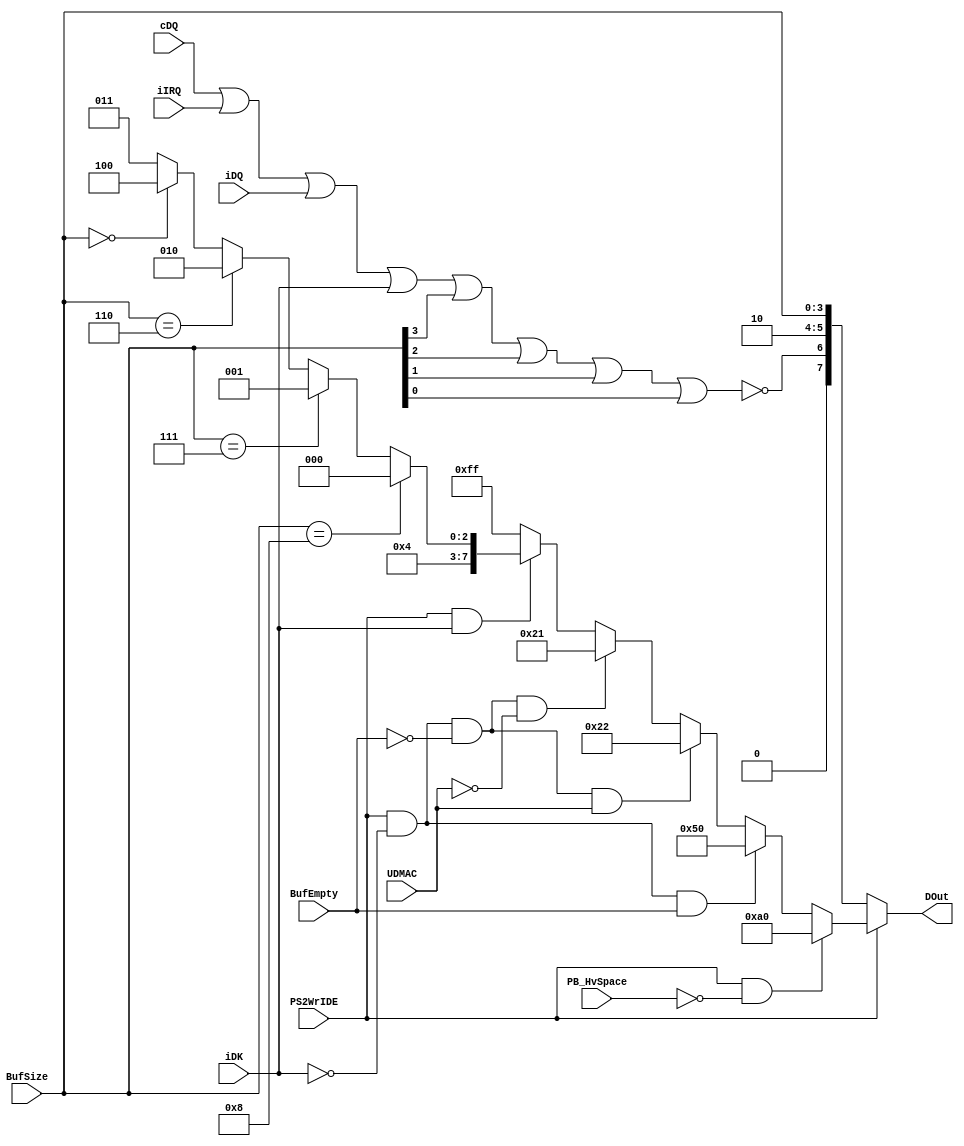
`timescale 1ns / 1ps
//////////////////////////////////////////////////////////////////////////////////
// Company: 
// Engineer: 
// 
// Design Name: 
// Module Name:    Reg38 - Behavioral 
// Project Name: 
// Target Devices: 
// Tool versions: 
// Description: 
//
// Dependencies: 
//
// Revision: 
// Revision 0.01 - File Created
// Additional Comments: 
//
//////////////////////////////////////////////////////////////////////////////////

//// Uncomment the following library declaration if instantiating
//// any Xilinx primitives in this code.
//library UNISIM;
//use UNISIM.VComponents.all;
////- Reg0038 has the following bits being mapped
////	bcIRQ	cDQ	cDK	iIRQ	iDQ	ibDK	Mo86	Mo87		
//// 	1		0		0		0		0		1		0060	----	// bus idle
////	1		0		0		0		1		0		0020	----	// IDE side doing transaction buffer not full
////	1		0		0		0		1		0		----	0020	// IDE side doing transaction buffer not full
////	1		1		0		0		1		0		----	00A0	// IDE side doing transaction and buffer full
////	1		1		0		0		1		1		----	0050	// just start DMA and drive not responding
////	1		1		0		0		1		0		0021,23,24	// buffer size
////	1		1		0		1		0		1		0021,22		// fixed ???
////==================================================
////  Design base on above measurements : note the {} value is iDK = NOT(ibDK)
////	cDQ	cDK	iIRQ	iDQ	ibDK	Mo86	Mo87		
////	x		x		1		x		x		21 for NOT(UDMA) 22 for UDMA
////	1		0		0		x		0{1}	buffer size (21,23,24,...27)
////	1		0		0		1		1{0}	-		50
////	0		x		0		0		x		60	bus idle
////	0		x		0		1		x		20 if buffer not full
////	0		x		0		1		x		A0 if buffer full

module Reg38(
	input UDMAC		,
	input PS2WrIDE	,
	input iIRQ		,
	input cDQ		,
	input iDQ		,
	input iDK		,
	input BufEmpty		,
	input PB_HvSpace	,		// Port A have space
	input [3:0] BufSize	,
	output [7:0] DOut		
);

/// Start of Register 38

wire [7:0] R381;
wire [7:0] W381;
wire WCond1;
wire WCond2,WCond2A,WCond2B1,WCond2B2;
wire WCond3;
//wire WCond3A,WCond3B;
//wire RCond1,RCond2;
wire Activity;

assign Activity	= cDQ | iIRQ | iDQ | iDK | BufSize[3] | BufSize[2] | BufSize[1] | BufSize[0];	// if there is no DMA activity
//assign R381[7:2]	= 6'b00_1000; // fix as 2x
//assign R381[1]		= BufSize[2] | BufSize[1];
//assign R381[0]		= BufSize[2] | BufSize[0];
assign R381[7]	= 1'b0;		// always zero
assign R381[6] = ~Activity;	// no activity will be high
assign R381[5:4] = 2'b10;		// set as 2
assign R381[3:0] = BufSize[3:0];

assign W381[7:0] =
	(BufSize[3:0] == 4'b1000) ? 8'h20 :		// no space left, the buffer is full
	(BufSize[3:0] == 4'b0111) ? 8'h21 :		// one page has been taken, so one space left
	(BufSize[3:0] == 4'b0110) ? 8'h22 :		// two page taken
	(BufSize[3:0] == 4'b0000) ? 8'h24 :		// buffer empty
										 8'h23;		// otherwise
//assign W381[1]		= ~(BufSize[2] & BufSize[1]);
//assign W381[0]		= ~(BufSize[2] & BufSize[1] & BufSize[0]);
//assign W381[1]		= BufSize[2];						// take 0304 it representing very little space
//assign W381[0]		= PB_HvSpace;
//assign RCond1	= ~(PS2WrIDE) & ~(Activity);			// DMA reading and bus not active
//assign RCond2	= ~(PS2WrIDE) & Activity;		// DMA reading and bus active
assign WCond1	= PS2WrIDE & ~(PB_HvSpace);			// if there is no space in buffer
assign WCond2	= PS2WrIDE & ~(iDK);			// bus active but drive side no transfer request
assign WCond2A	= WCond2 & BufEmpty;								// we don't have data in output register
assign WCond2B1	= WCond2 & ~(BufEmpty) & UDMAC;			// if there is data and we are UDMA mode, report as "22"
assign WCond2B2	= WCond2 & ~(BufEmpty) & ~(UDMAC);	// if there is data and we are MDMA mode, report as "21"
assign WCond3	= PS2WrIDE & iDK;				// if there is drive side transfer, PS2 writing data to drive
//assign WCond3A	= WCond3 & BufEmpty;
//assign WCond3B	= WCond3 & ~(BufEmpty); // if something in buffer


assign DOut	=
//// 86 mode, PortA input, Port B output data //
//	(RCond1	== 1'b1) ? 8'h60 :
//	(RCond2	== 1'b1) ? R381  :
	(PS2WrIDE == 1'b0) ? R381 :		// PS2WrIDE = 0, reading from drive
//// 87 mode, PortB input, Port A output data //
	(WCond1	== 1'b1) ? 8'hA0 :		// if no space in buffer B, then buffer is full
//// if PortA have no transaction, iDK = 0 then
	(WCond2A	== 1'b1) ? 8'h50 :		// if bufferA is absolutely empty
	(WCond2B1 == 1'b1) ? 8'h22 :	// if bufferA is not empty
	(WCond2B2 == 1'b1) ? 8'h21 :
//// if PortA have transaction, iDK = 1
	(WCond3	== 1'b1) ? W381 :
//	(WCond3A	== 1'b1) ? 8'h24 :		// plenty of buffer space
//	(WCond3B	== 1'b1) ? W381 :
	8'hFF;
///////// end of reg38 ////////////////////////////

endmodule